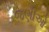
જણીઓ